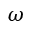
\omega